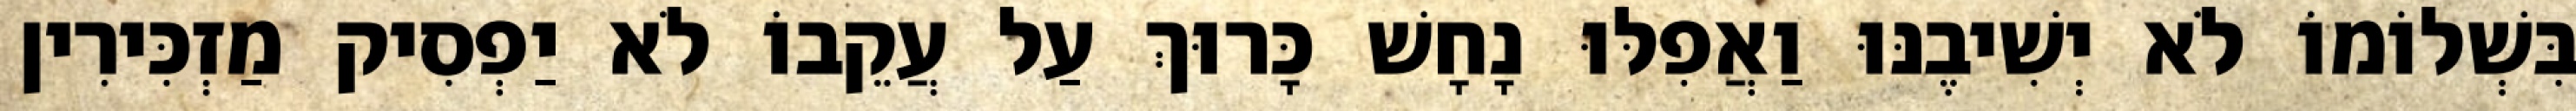
בִּשְׁלוֹמוֹ לֹא יְשִׁיבֶנּוּ וַאֲפִלּוּ נָחָשׁ כָּרוּךְ עַל עֲקֵבוֹ לֹא יַפְסִיק מַזְכִּירִין